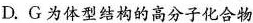
D.G为体型结构的高分子化合物